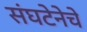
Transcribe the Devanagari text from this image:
संघटेनेचे